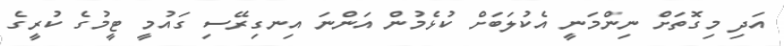
އަދި މިގޮތަށް ނިންމަނީ އެކުލަބަށް ކުޅެމުން އަންނަ އިނގިރޭސި ގައުމީ ޓީމުގެ ކުރީގެ